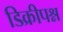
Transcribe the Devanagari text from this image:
डिक्रीपश्न